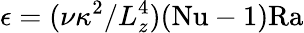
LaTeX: \epsilon=(\nu\kappa^{2}/L_{z}^{4})(\mathrm{{Nu}-1)\mathrm{{Ra}}}